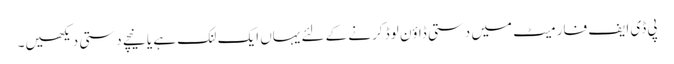
پی ڈی ایف فارمیٹ میں دستی ڈاؤن لوڈ کرنے کے لئے یہاں ایک لنک ہے یا نیچے دستی دیکھیں۔